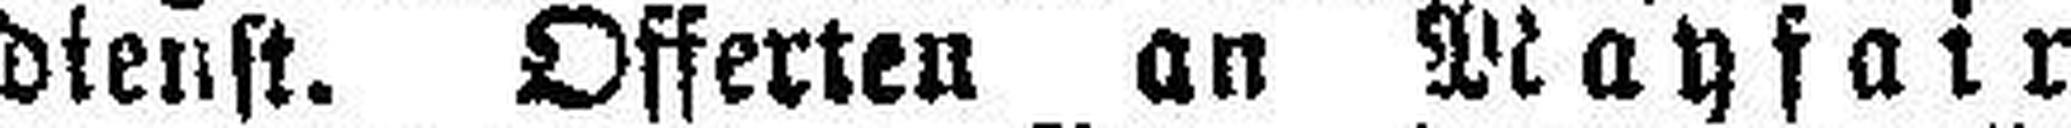
dienst. Offerten an Mayfair